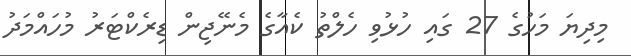
މިދިޔަ މަހުގެ 27 ގައި ހުޅުވި ހެލްތު ކެއާގެ މެނޭޖިން ޑިރެކްޓަރު މުހައްމަދު